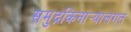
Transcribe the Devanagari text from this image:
समुद्रकिनार्‍यालगत